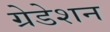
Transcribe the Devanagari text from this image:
ग्रेडेशन